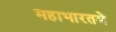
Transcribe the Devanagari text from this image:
महाभारतमे